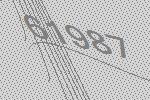
61987